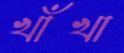
খাঁখা